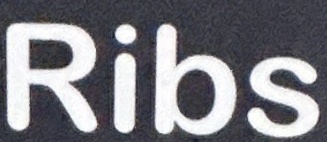
Ribs